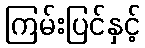
ကြမ်းပြင်နှင့်